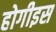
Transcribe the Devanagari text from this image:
होगीइस